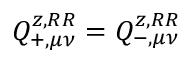
Q _ { + , \mu \nu } ^ { z , R R } = Q _ { - , \mu \nu } ^ { z , R R }